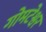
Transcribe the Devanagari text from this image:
गोमटेश्वर